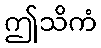
ဤသိကံ